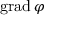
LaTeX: \mathrm { g r a d \, } \varphi